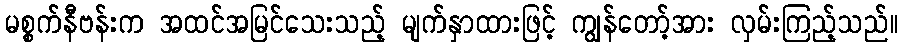
မစ္စက်နီဗန်းက အထင်အမြင်သေးသည့် မျက်နှာထားဖြင့် ကျွန်တော့်အား လှမ်းကြည့်သည်။